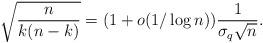
LaTeX: \begin{align*}\sqrt{\frac{n}{k(n-k)}} = (1+o(1/\log n)) \frac{1}{\sigma_q \sqrt{n}}.\end{align*}